Report on horse surra - Volume I
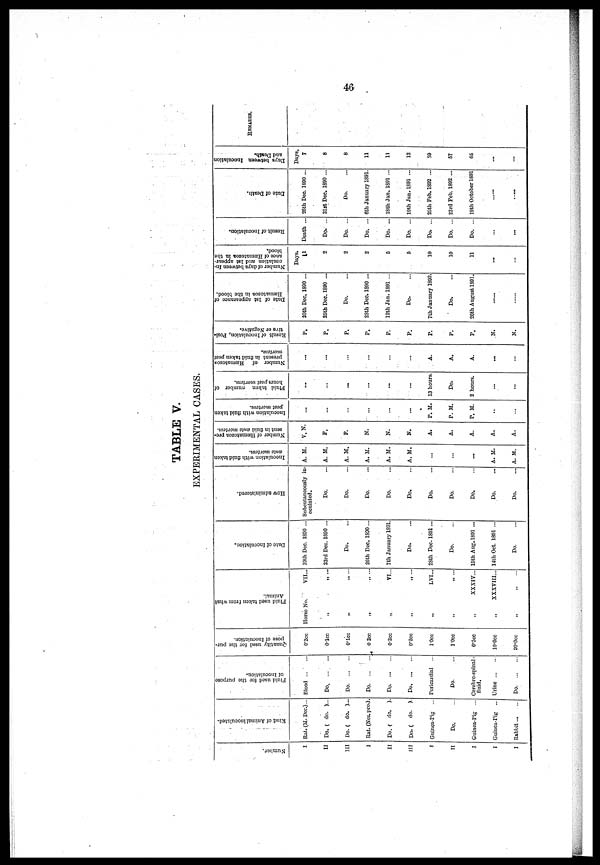
46
TABLE V.
EXPERIMENTAL CASES.
Number.
I
II
III
I
II
III
I
II
I
I
I
Kind of Animal inoculated.
Rat. (M.Dec.)...
Do. ( do. )...
Do. ( do. )...
Rat. (Nes.pro.)
Do. ( do. ).
Do. ( do. ).
Guinea-Pig ...
Do.
Guinea-Pig ...
Guinea-Pig ...
Rabbit ...
Fluid used for the purpose
of Inoculation.
Blood
Do
Do
Do
Do
Do. ...
Pericardial ...
Do.
Cerebro-spinal
fluid.
Urine ...
Do
Quantity used for the pur-
pose of Inoculation.
0.2cc
0.1cc
0.1cc
0 2cc
0.2cc
0*2cc
1.0cc
1.0cc
0.5cc
10.0cc
20.0cc
Fluid used taken from what
Animal.
Horse No.
VII..
„ „ ...
„ „ ...
„
„
...
VI..
„ „ ...
LVI...
„
„
...
XXXIV...
XXXVIII...
„ „ ...
Date of Inoculation.
10th Dec. 1890 ...
23rd Dec. 1890 ...
Do.
20th Dec. 1890...
7th January 1891.
Do.
28th Dec. 1891...
Do.
10th Aug. 1891 ...
14th Oct 1891 ...
Do.
How administered.
Subcutaneously in-
oculated.
Do.
Do.
Do.
Do.
Do.
Do.
Do.
Do.
Do.
Do.
Inoculation with fluid taken
ante mortem.
A. M.
A. M.
A. M.
A. M.
A. M.
A.M.
...
...
A. M.
A. M.
Number of Hæmatozoa pre-
sent in fluid ante mortem.
V. N.
F.
F.
N.
N.
K.
A.
A.
A.
A.
A.
Inoculation with fluid taken
post mortem.
...
...
...
...
...
...
P. M.
P. M.
P. M.
..
...
Fluid taken number of
hours post mortem.
...
...
...
...
...
...
13 hours.
Do.
2 hours.
...
...
Number of Hæmatozon
present in fluid taken post
mortem.
...
...
...
...
...
...
A.
A.
A.
...
...
Result of Inoculation, Posi-
tive or Negative.
P.
P.
P.
P.
P.
P.
P.
P.
P.
N.
N.
Date of 1st appearance of
Hæmatozoa
in the blood.
20th Dec. 1890 ...
25th Dec. 1890 ...
Do.
2Sth Dec. 1890 ...
12th, Jan. 1891 ...
Do.
7th January 1892.
Do.
20th August 1891.
Number of days between In-
oculation and 1st appear-
ance of Hæmatozoa
m the
blood.
Days.
11
2
2
2
6
5
10
10
11
...
...
Result of Inoculation.
Death ...
Do. ...
Do. ...
Do. ...
Do. ...
Do. ...
Do. ...
Do. ...
Do. ...
...
...
Date of Death.
26th Dec. 1890 ...
31st Dec. 1890 ...
Do.
6th January 1891.
18th Jan. 1891 ...
19th Jan. 1891 ...
25th Feb. 1892 ...
23rd Feb. 1892 ...
19th October 1891
.....
Days between Inoculation
and Death.
Days.
7
8
6
11
11
12
59
57
65
...
...
REMARKS.